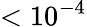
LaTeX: <10^{-4}